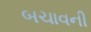
બચાવની